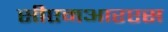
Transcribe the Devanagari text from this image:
सीएमआरएस